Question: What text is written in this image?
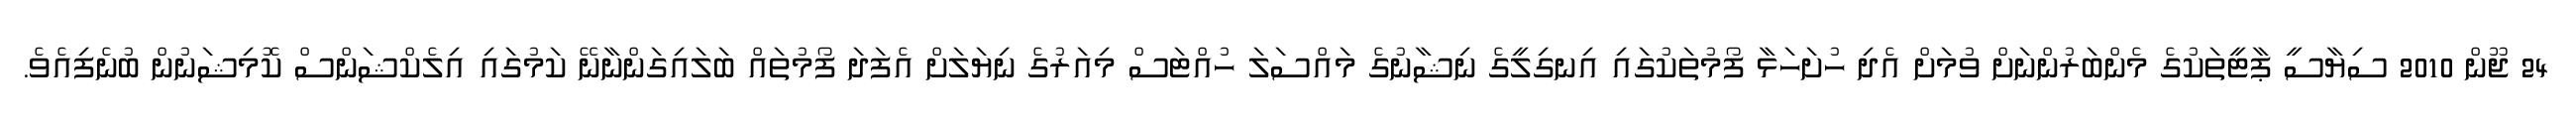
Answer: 24 ޖޫން 2010 ސިޔާސީ ޕާޓީތަކުގެ މެންބަރުންނަށް ވުމަށް އެދި ހުށަހަޅާ ފޯމުތަކުގައި އިނގިލީގެ ނިޝާނުގެ މައްސަލަ ހުއްޓަސް މިއަރުގެ ނިޔަލަށް އެފަދަ ފޯމުތައް ބަލައިގަންނާނޭ ކަމުގައި އިލެކްޝަންސް ކޮމިޝަނުން ބުނެފިއެވެ.